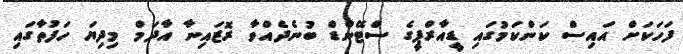
ފަހަކަށް އައިސް ކަންކަމުގައި ޑީއާރްޕީގެ ސްޓޭންޑް ބުނެދެއްވާ ރޮޒައިނާ އާދަމް މިދިޔަ ހަފުތާގައި